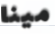
مينا